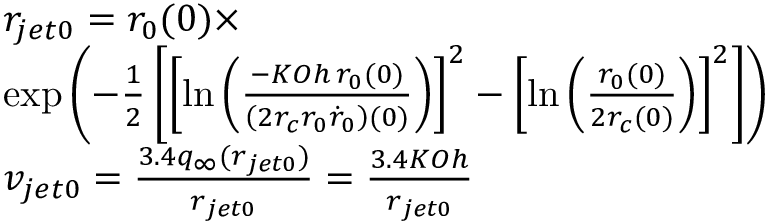
\begin{array} { r l } & { r _ { j e t 0 } = r _ { 0 } ( 0 ) \times } \\ & { \exp \left( - \frac { 1 } { 2 } \left[ \left[ \ln \left( \frac { - K O h \, r _ { 0 } ( 0 ) } { \left( 2 r _ { c } r _ { 0 } \dot { r } _ { 0 } \right) ( 0 ) } \right) \right] ^ { 2 } - \left[ \ln \left( \frac { r _ { 0 } ( 0 ) } { 2 r _ { c } ( 0 ) } \right) \right] ^ { 2 } \right] \right) } \\ & { v _ { j e t 0 } = \frac { 3 . 4 q _ { \infty } ( r _ { j e t 0 } ) } { r _ { j e t 0 } } = \frac { 3 . 4 K O h } { r _ { j e t 0 } } } \end{array}